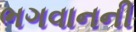
ભગવાનની